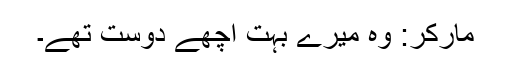
مارکر: وہ میرے بہت اچھے دوست تھے۔